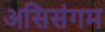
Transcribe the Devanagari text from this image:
असिसंगम